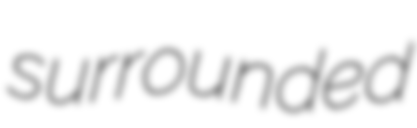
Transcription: surrounded